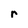
Character: r